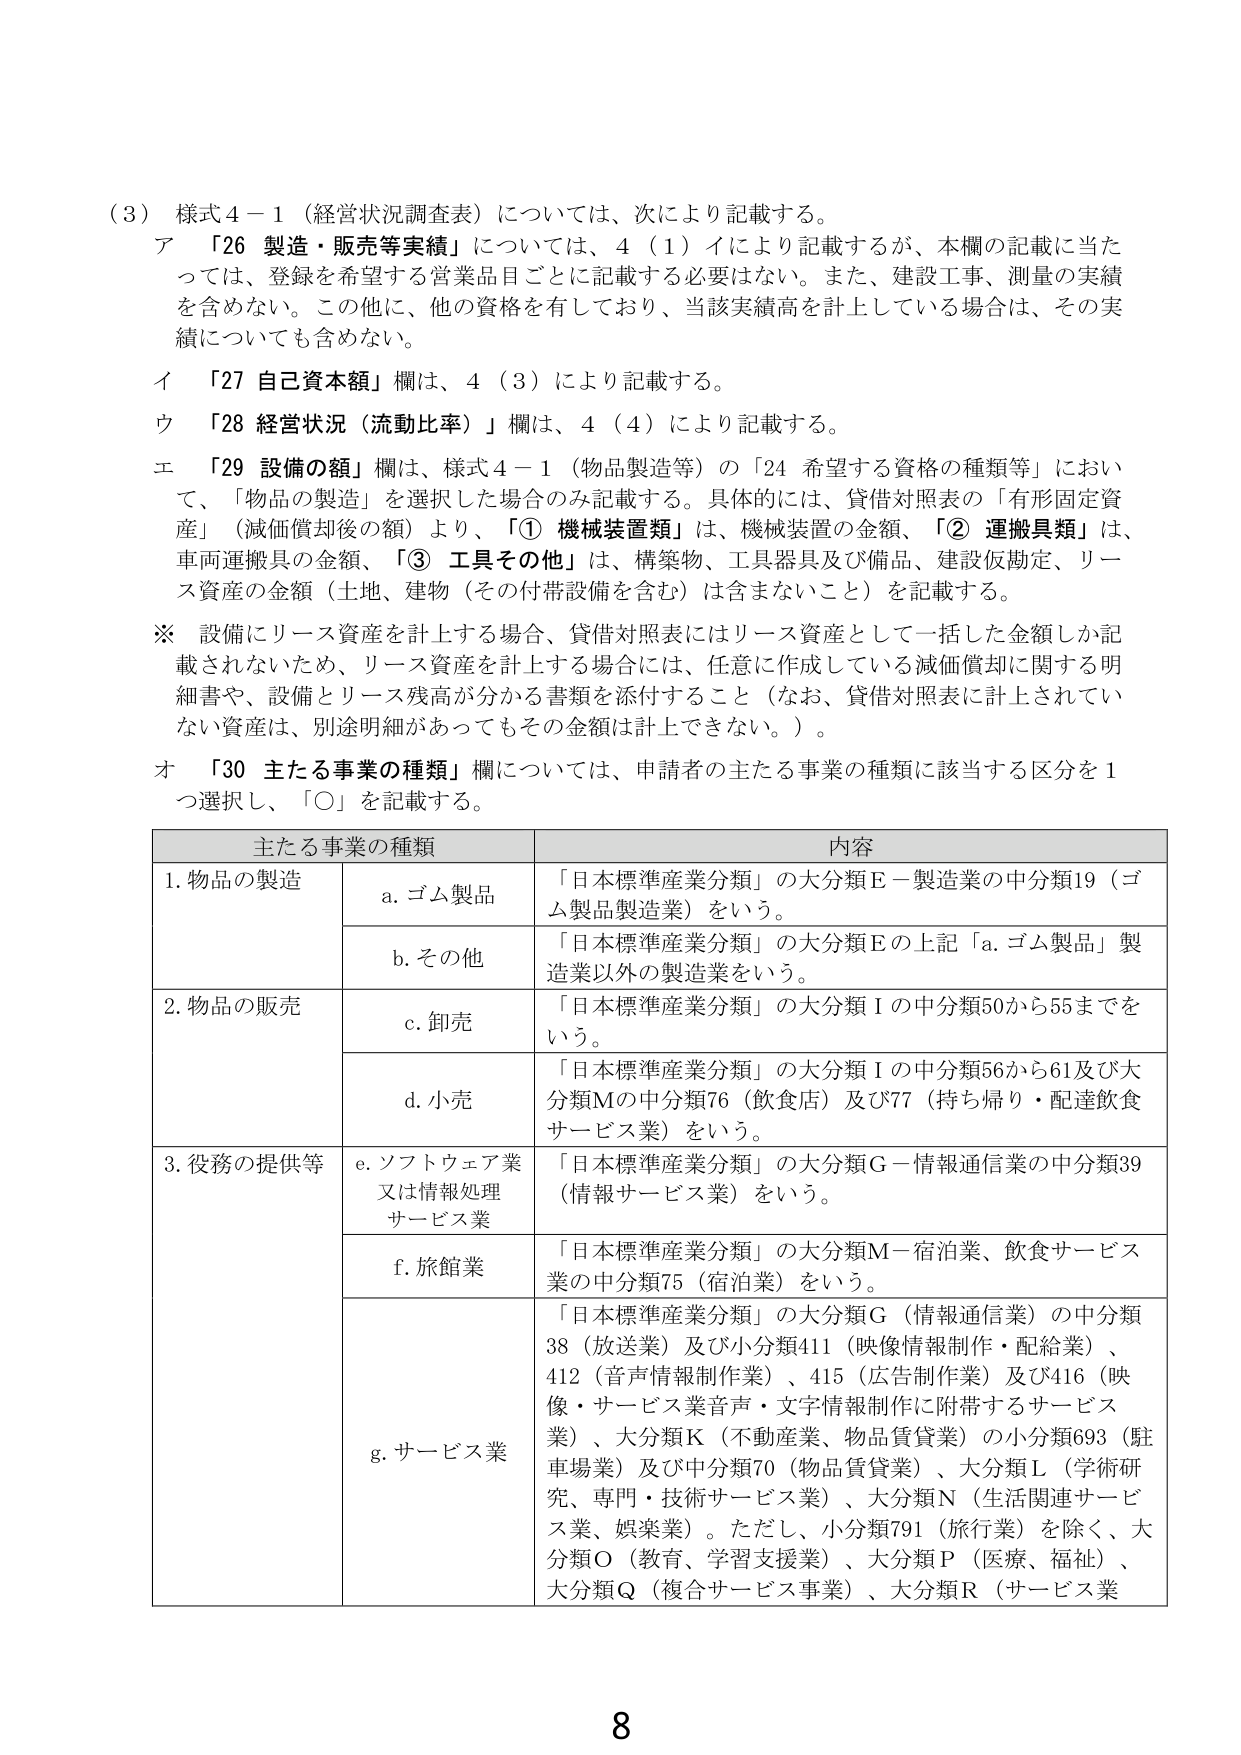
（3）様式4－1（経営状況調査表）については、次により記載する。

ア 「26 製造・販売等実績」については、4（1）イにより記載するが、本欄の記載に当たっては、登録を希望する営業品目ごとに記載する必要はない。また、建設工事、測量の実績を含めない。この他に、他の資格を有しており、当該実績高を計上している場合は、その実績についても含めない。

イ 「27 自己資本額」欄は、4（3）により記載する。

ウ 「28 経営状況（流動比率）」欄は、4（4）により記載する。

エ 「29 設備の額」欄は、様式4－1（物品製造等）の「24 希望する資格の種類等」において、「物品の製造」を選択した場合のみ記載する。具体的には、貸借対照表の「有形固定資産」（減価償却後の額）より、「① 機械装置類」は、機械装置の金額、「② 運搬具類」は、車両運搬具の金額、「③ 工具その他」は、構築物、工具器具及び備品、建設仮勘定、リース資産の金額（土地、建物（その付帯設備を含む）は含まないこと）を記載する。

※ 設備にリース資産を計上する場合、貸借対照表にはリース資産として一括した金額しか記載されないため、リース資産を計上する場合には、任意に作成している減価償却に関する明細書や、設備とリース残高が分かる書類を添付すること（なお、貸借対照表に計上されていない資産は、別途明細があってもその金額は計上できない。）。

オ 「30 主たる事業の種類」欄については、申請者の主たる事業の種類に該当する区分を1つ選択し、「○」を記載する。

主たる事業の種類 内容
1. 物品の製造 a. ゴム製品 「日本標準産業分類」の大分類E－製造業の中分類19（ゴム製品製造業）をいう。
b. その他 「日本標準産業分類」の大分類Eの上記「a. ゴム製品」製造業以外の製造業をいう。
2. 物品の販売 c. 卸売 「日本標準産業分類」の大分類Iの中分類50から55までをいう。
d. 小売 「日本標準産業分類」の大分類Iの中分類56から61及び大分類Mの中分類76（飲食店）及び77（持ち帰り・配達飲食サービス業）をいう。
3. 役務の提供等 e. ソフトウェア業又は情報処理サービス業 「日本標準産業分類」の大分類G－情報通信業の中分類39（情報サービス業）をいう。
f. 旅館業 「日本標準産業分類」の大分類M－宿泊業、飲食サービス業の中分類75（宿泊業）をいう。
g. サービス業 「日本標準産業分類」の大分類G（情報通信業）の中分類38（放送業）及び小分類411（映像情報制作・配給業）、412（音声情報制作業）、415（広告制作業）及び416（映像・サービス業音声・文字情報制作に附帯するサービス業）、大分類K（不動産業、物品賃貸業）の小分類693（駐車場業）及び中分類70（物品賃貸業）、大分類L（学術研究、専門・技術サービス業）、大分類N（生活関連サービス業、娯楽業）。ただし、小分類791（旅行業）を除く、大分類O（教育、学習支援業）、大分類P（医療、福祉）、大分類Q（複合サービス事業）、大分類R（サービス業

8